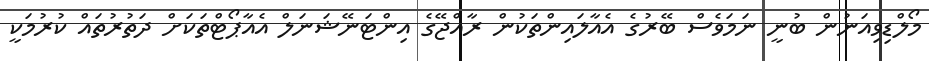
މޯލްޑިވިއަނުން ބުނީ ނަމަވެސް ބޭރުގެ އެއާލައިންތަކުން ރާއްޖޭގެ އިންޓަނޭޝަނަލް އެއާޕޯޓްތަކަށް ދަތުރުތައް ކުރުމަކީ